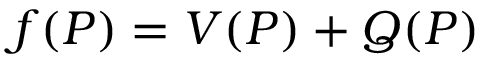
\begin{array} { r } { f ( P ) = V ( P ) + Q ( P ) } \end{array}